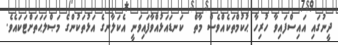
ދީނުގައި އައިސްފައިވާ ހުރިހާ ޙުކުމްތަކެއްވެސް މާތް  ކަނޑައަޅުއްވާފައިވަނީ އެކަލާނގެ އަޅުތަކުންގެ މަޞްލަޙަތަށްޓަކައެވެ.